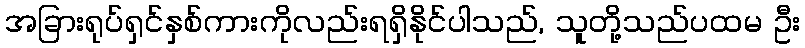
အခြားရုပ်ရှင်နှစ်ကားကိုလည်းရရှိနိုင်ပါသည်, သူတို့သည်ပထမ ဦး